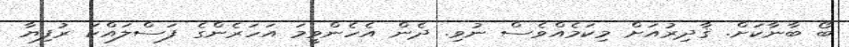
ބޯ ބާނާކަށް. ޤާދިރުއަށް މިކަމެއްވެސް ނުވި. ދެން އެހެންވީމަ އަހަރެންގެ ފަސްލައްކަ ރުފިޔާ